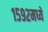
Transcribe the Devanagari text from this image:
१५९२मध्ये